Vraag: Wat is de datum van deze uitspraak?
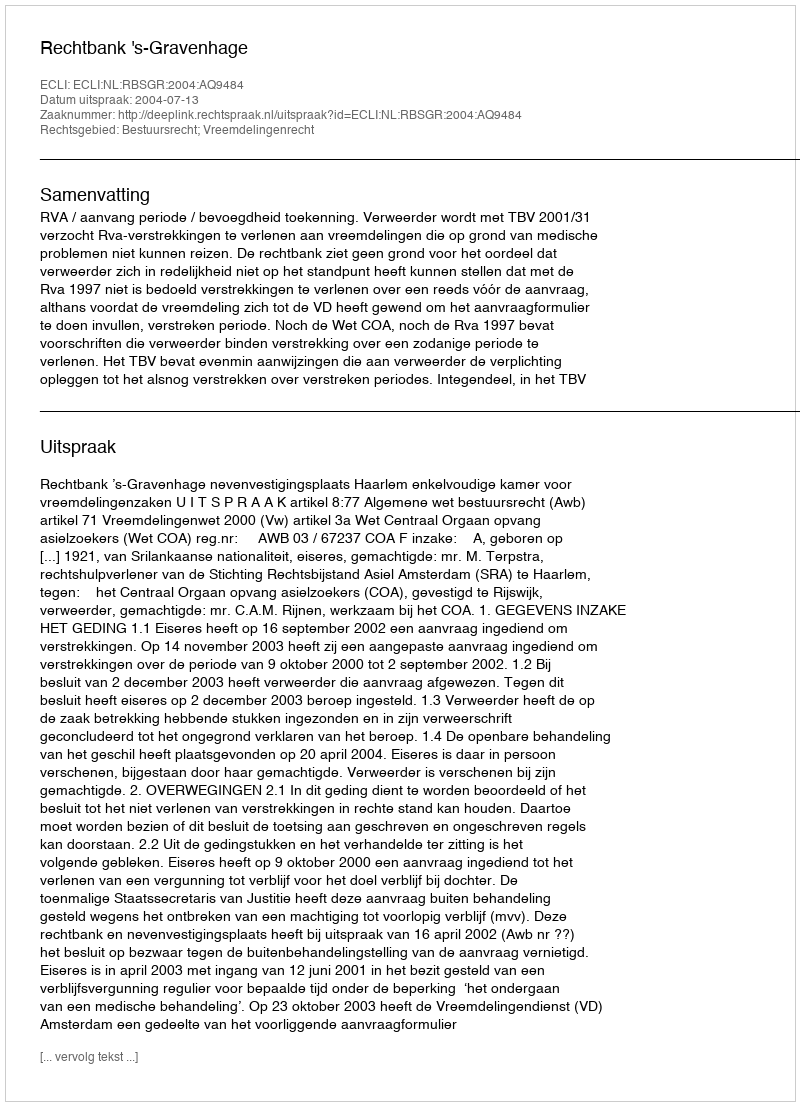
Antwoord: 2004-07-13